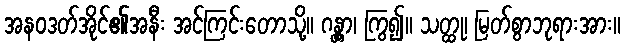
အနဝဒတ်အိုင်၏အနီး အင်ကြင်းတောသို့။ ဂန္တွာ၊ ကြွ၍။ သတ္ထု၊ မြတ်စွာဘုရားအား။